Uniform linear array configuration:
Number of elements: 12
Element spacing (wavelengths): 0.75
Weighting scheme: kaiser
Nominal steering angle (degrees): -45
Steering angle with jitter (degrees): -43.294
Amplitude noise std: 0.05
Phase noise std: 0.05

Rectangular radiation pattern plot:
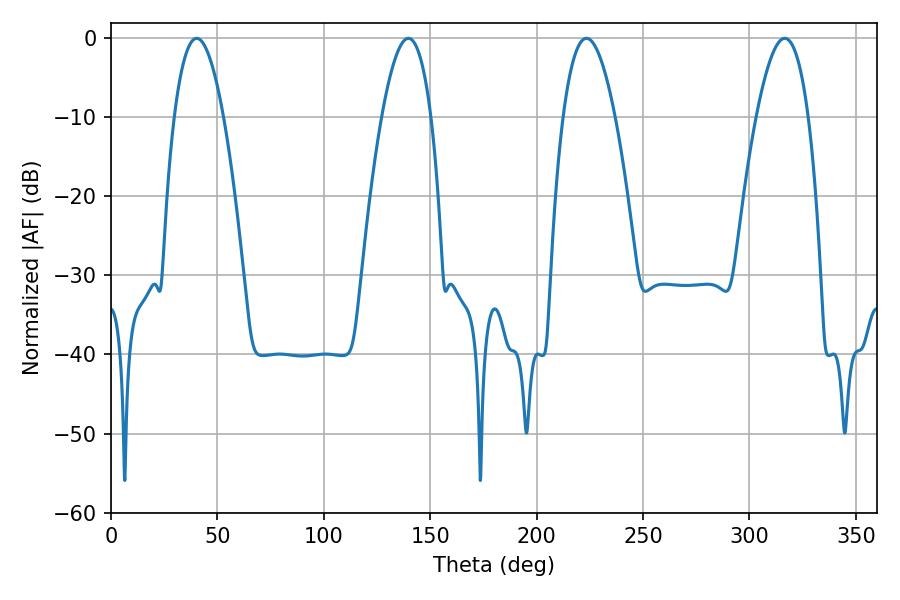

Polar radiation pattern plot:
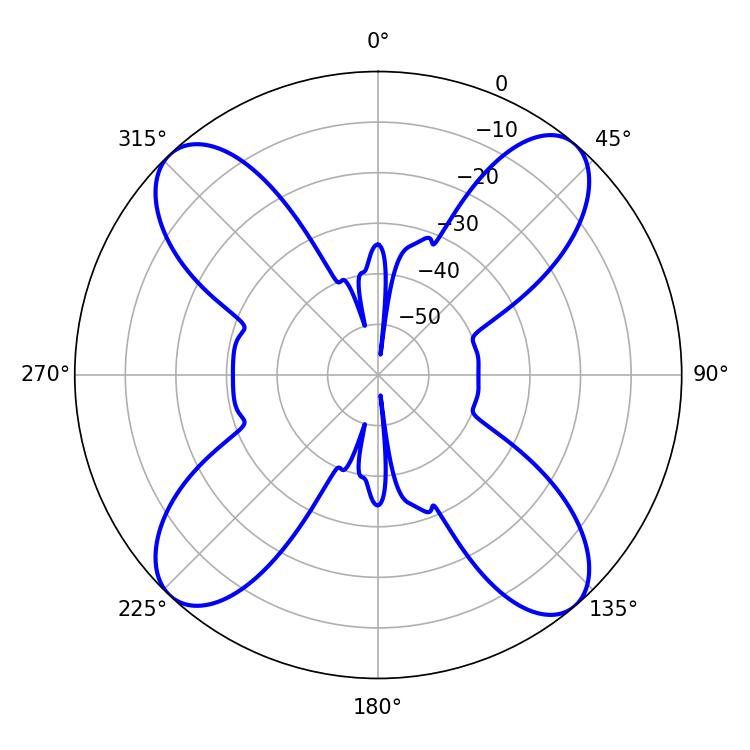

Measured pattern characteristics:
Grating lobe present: TRUE
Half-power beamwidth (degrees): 13.5
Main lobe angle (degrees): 223.38